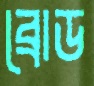
ব্রোড